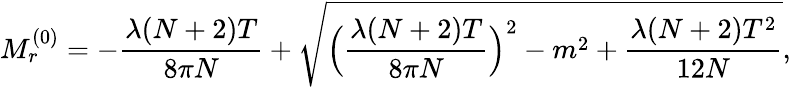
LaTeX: M_{r}^{(0)}=-\frac{\lambda(N+2)T}{8\pi N}+\sqrt{\Bigl(\frac{\lambda(N+2)T}{8\pi N}\Bigr)^{2}-m^{2}+\frac{\lambda(N+2)T^{2}}{12N}},